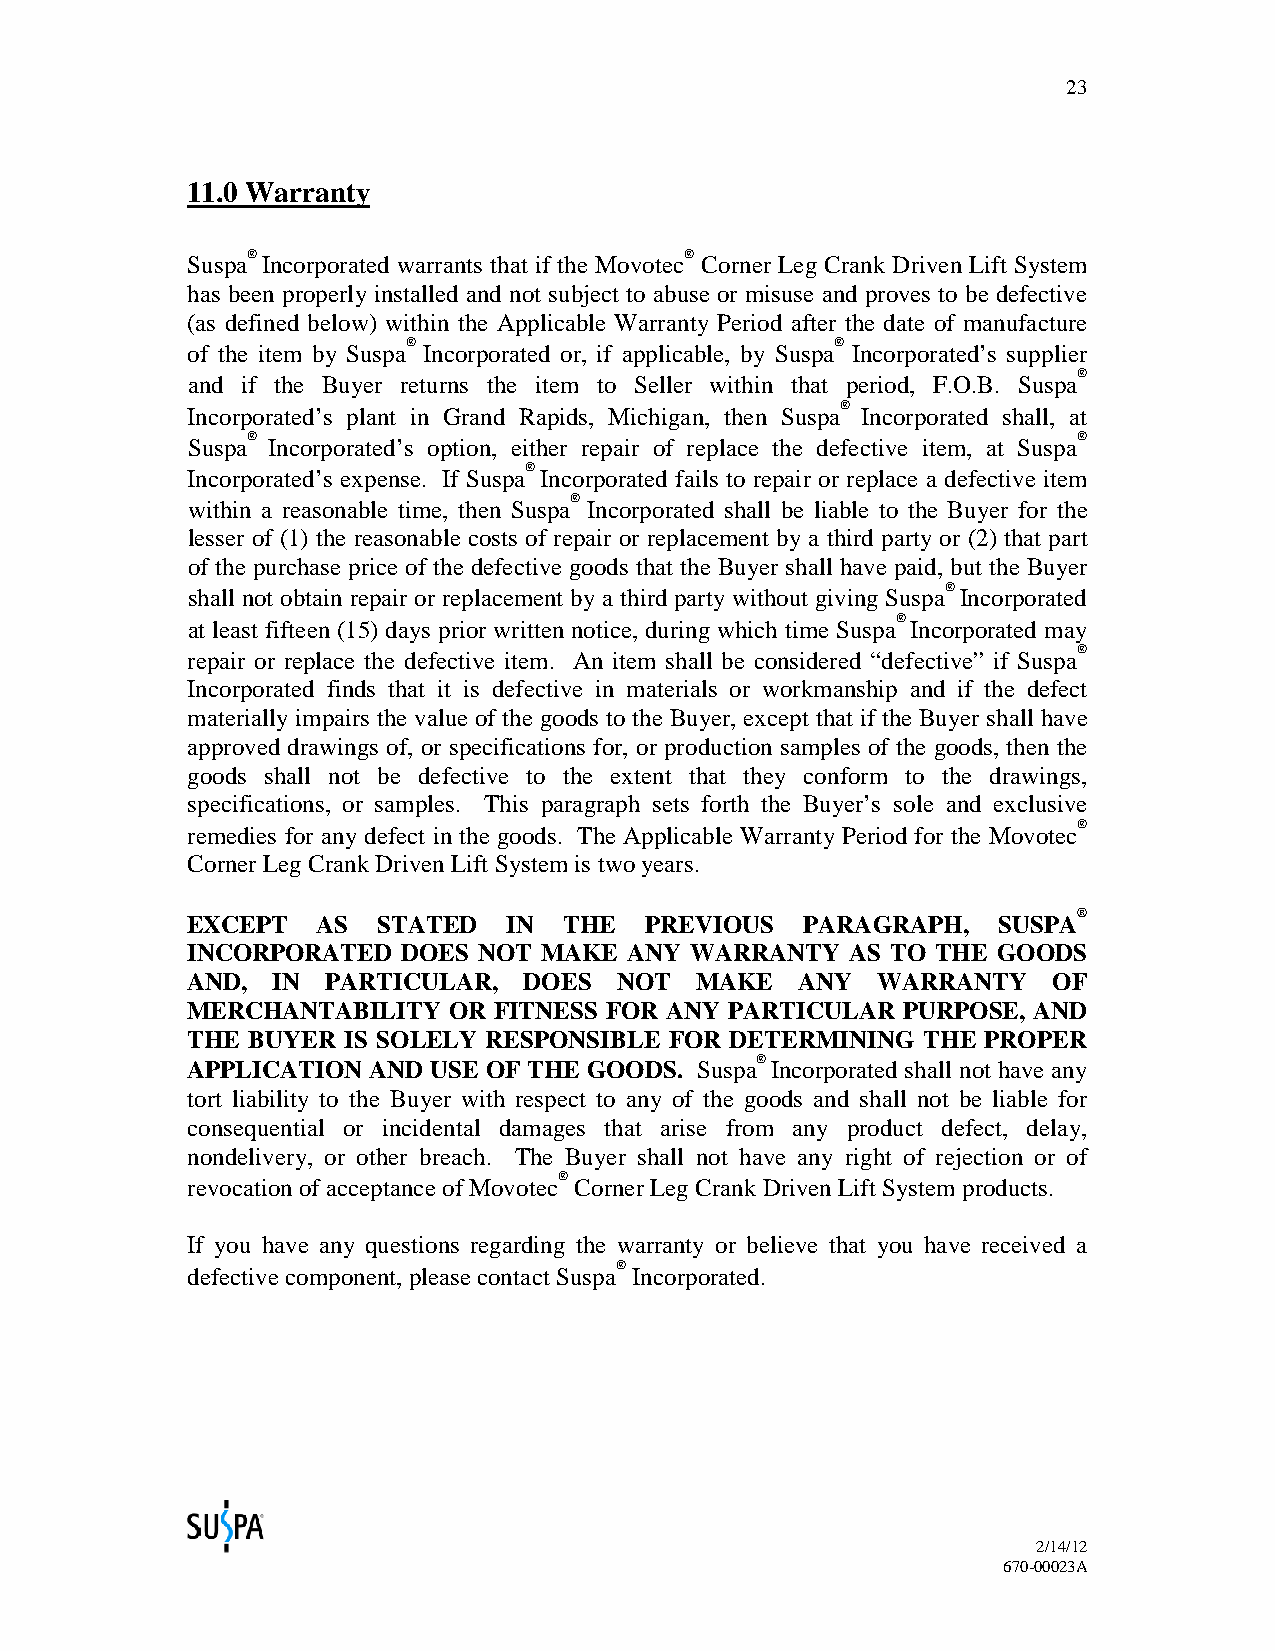
23
 11.0 Warranty
 ®                            ®
 Suspa Incorporated warrants that if the Movotec Corner Leg Crank Driven Lift System
 has been properly installed and not subject to abuse or misuse and proves to be defective
 (as defined below) within the Applicable Warranty Period after the date of manufacture
 ®                           ®
 of the item by Suspa Incorporated or, if applicable, by Suspa Incorporated’s supplier
 ®
 and if the Buyer returns the item to Seller within that period, F.O.B. Suspa
 ®
 Incorporated’s plant in Grand Rapids, Michigan, then Suspa Incorporated shall, at
 ®                                                      ®
 Suspa Incorporated’s option, either repair of replace the defective item, at Suspa
 ®
 Incorporated’s expense. If Suspa Incorporated fails to repair or replace a defective item
 ®
 within a reasonable time, then Suspa Incorporated shall be liable to the Buyer for the
 lesser of (1) the reasonable costs of repair or replacement by a third party or (2) that part
 of the purchase price of the defective goods that the Buyer shall have paid, but the Buyer
 ®
 shall not obtain repair or replacement by a third party without giving Suspa Incorporated
 ®
 at least fifteen (15) days prior written notice, during which time Suspa Incorporated may
 ®
 repair or replace the defective item. An item shall be considered “defective” if Suspa
 Incorporated finds that it is defective in materials or workmanship and if the defect
 materially impairs the value of the goods to the Buyer, except that if the Buyer shall have
 approved drawings of, or specifications for, or production samples of the goods, then the
 goods shall not be defective to the extent that they conform to the drawings,
 specifications, or samples. This paragraph sets forth the Buyer’s sole and exclusive
 ®
 remedies for any defect in the goods. The Applicable Warranty Period for the Movotec
 Corner Leg Crank Driven Lift System is two years.
 ®
 EXCEPT   AS  STATED   IN THE   PREVIOUS  PARAGRAPH,   SUSPA
 INCORPORATED   DOES NOT MAKE  ANY WARRANTY  AS TO THE GOODS
 AND,  IN  PARTICULAR,  DOES  NOT  MAKE   ANY  WARRANTY    OF
 MERCHANTABILITY   OR FITNESS FOR ANY PARTICULAR PURPOSE, AND
 THE BUYER  IS SOLELY RESPONSIBLE FOR DETERMINING THE PROPER
 ®
 APPLICATION AND USE OF THE GOODS. Suspa Incorporated shall not have any
 tort liability to the Buyer with respect to any of the goods and shall not be liable for
 consequential or incidental damages that arise from any product defect, delay,
 nondelivery, or other breach. The Buyer shall not have any right of rejection or of
 ®
 revocation of acceptance of Movotec Corner Leg Crank Driven Lift System products.
 If you have any questions regarding the warranty or believe that you have received a
 ®
 defective component, please contact Suspa Incorporated.
 2/14/12
 670-00023A